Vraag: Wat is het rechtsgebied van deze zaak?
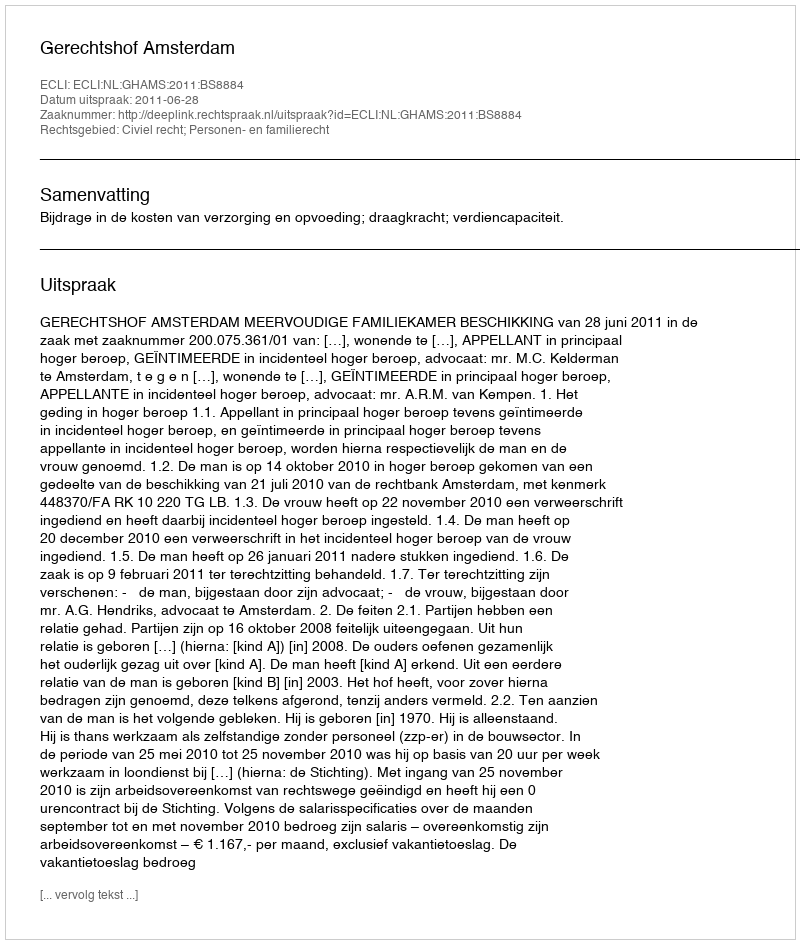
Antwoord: Civiel recht; Personen- en familierecht